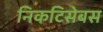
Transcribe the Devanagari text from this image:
निकटिसेबस